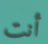
أنت